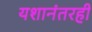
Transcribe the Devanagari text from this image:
यशानंतरही